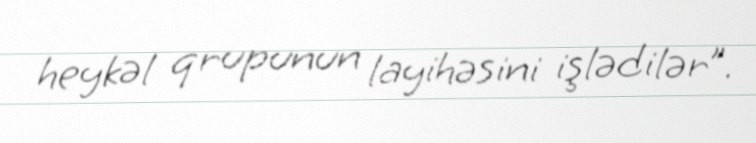
heykəl qrupunun layihəsini işlədilər”.